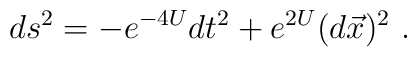
ds^2 =-e^{-4 U} dt^2 +e^{2 U} (d\vec{x})^2 \ .